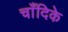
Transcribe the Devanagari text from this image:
चाँदिके